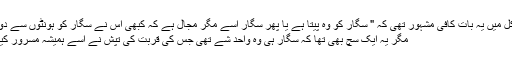
اس کے سرکل میں یہ بات کافی مشہور تھی کہ " سگار کو وہ پیتا ہے یا پھر سگار اسے مگر مجال ہے کہ کبھی اس نے سگار کو ہونٹوں سے دور رکھا ہو "
مگر یہ ایک سچ بھی تھا کہ سگار ہی وہ واحد شے تھی جس کی قربت کی تپش نے اسے ہمیشہ مسرور کیے رکھا تھا۔